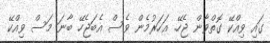
ގައި ވިއްކޭ ގޮތްވާން ޖެހޭ. އަހަރުމެން ވެސް އެބަޖެހޭ ބާނަ މަސް ވިއްކޭ